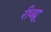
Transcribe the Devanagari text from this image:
रीव्ह्यू